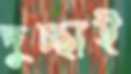
দুচ্ছাই